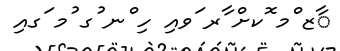
ާޒ ްމ ޮކށް ާރ ަވއި ހި ްނ ުގ ުމ ަގއި